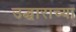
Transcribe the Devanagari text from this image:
उद्धाराच्या